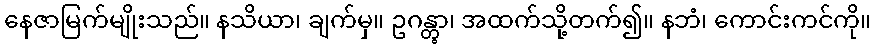
နေဇာမြက်မျိုးသည်။ နသိယာ၊ ချက်မှ။ ဥဂန္တွာ၊ အထက်သို့တက်၍။ နဘံ၊ ကောင်းကင်ကို။